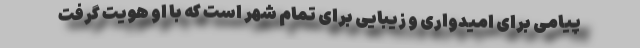
پیامی برای امیدواری و زیبایی برای تمام شهر است که با او هویت گرفت